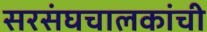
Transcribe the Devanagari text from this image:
सरसंघचालकांची